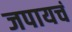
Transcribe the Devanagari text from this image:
जपायचं